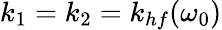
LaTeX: k_{1}=k_{2}=k_{hf}(\omega_{0})